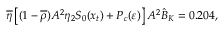
\overline { { { \eta } } } \left[ ( 1 - \overline { { { \rho } } } ) A ^ { 2 } \eta _ { 2 } S _ { 0 } ( x _ { t } ) + P _ { c } ( \varepsilon ) \right] A ^ { 2 } \hat { B } _ { K } = 0 . 2 0 4 ,